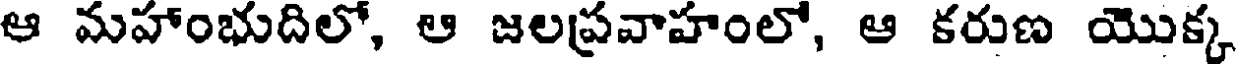
ఆ మహాంభుదిలో, ఆ జలప్రవాహంలో, ఆ కరుణ యొక్క